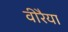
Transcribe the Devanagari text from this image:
वीरैया